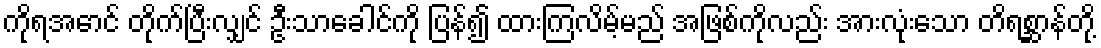
ကိုရအောင် တိုက်ပြီးလျှင် ဦးသာခေါင်ကို ပြန်၍ ထားကြလိမ့်မည် အဖြစ်ကိုလည်း အားလုံးသော တိရစ္ဆာန်တို့